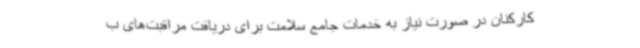
کارکنان در صورت نیاز به خدمات جامع سلامت برای دریافت مراقبت‌های ب